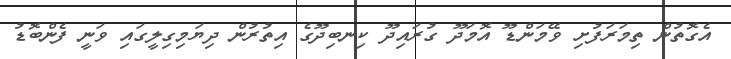
އެގޮތުން ތިމަރަފުށި ވޭމަންޑޫ އޮމަދޫ ގުރައިދޫ ކިނބިދޫގެ އިތުރުން ދިޔަމިގިލީގައި ވަނީ ފެންބޮޑު